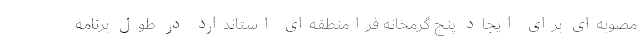
مصوبه‌ای برای ایجاد پنج گرمخانه فرامنطقه‌ای استاندارد در طول برنامه